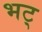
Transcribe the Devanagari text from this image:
भट्